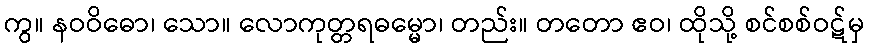
ကွ။ နဝဝိဓော၊ သော။ လောကုတ္တရဓမ္မော၊ တည်း။ တတော ဧဝ၊ ထိုသို့ စင်စစ်ဝဋ်မှ